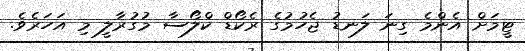
ޓީމަށް އެންމެ ގިނަ ލަނޑު ޖެހުމުގެ ރެކޯޑް ކްލޯސާ މުގުރާލީ މި އަހަރެވެ.